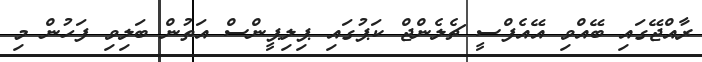
ރާއްޖޭގައި ބޭއްވި އޭއެފްސީ ޗެލެންޖް ކަޕުގައި ޕިލިޕީންސް އަތުން ބަލިވި ފަހުން މި